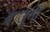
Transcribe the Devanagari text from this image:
बाजूनीं